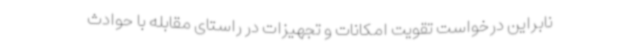
نابراین درخواست تقویت امکانات و تجهیزات در راستای مقابله با حوادث